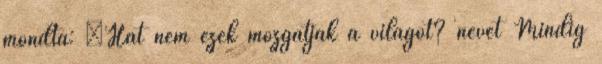
mondta: „Hát nem ezek mozgatják a világot? nevet Mindig